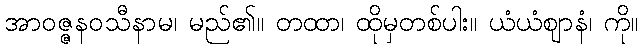
အာဝဇ္ဇနဝသီနာမ၊ မည်၏။ တထာ၊ ထိုမှတစ်ပါး။ ယံယံဈာနံ၊ ကို။